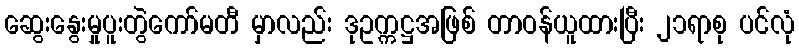
ဆွေးနွေးမှုပူးတွဲကော်မတီ မှာလည်း ဒုဥက္ကဋ္ဌအဖြစ် တာဝန်ယူထားပြီး ၂၁ရာစု ပင်လုံ